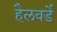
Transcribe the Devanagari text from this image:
हैलवर्डे